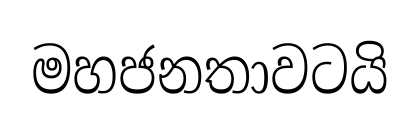
මහජනතාවටයි